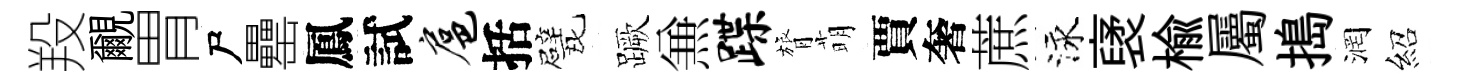
羖覼胃尸罍鳳試扈括戏蹶𠔥蹀膂萌賈奢蔗泳裦楡屬搗润紹